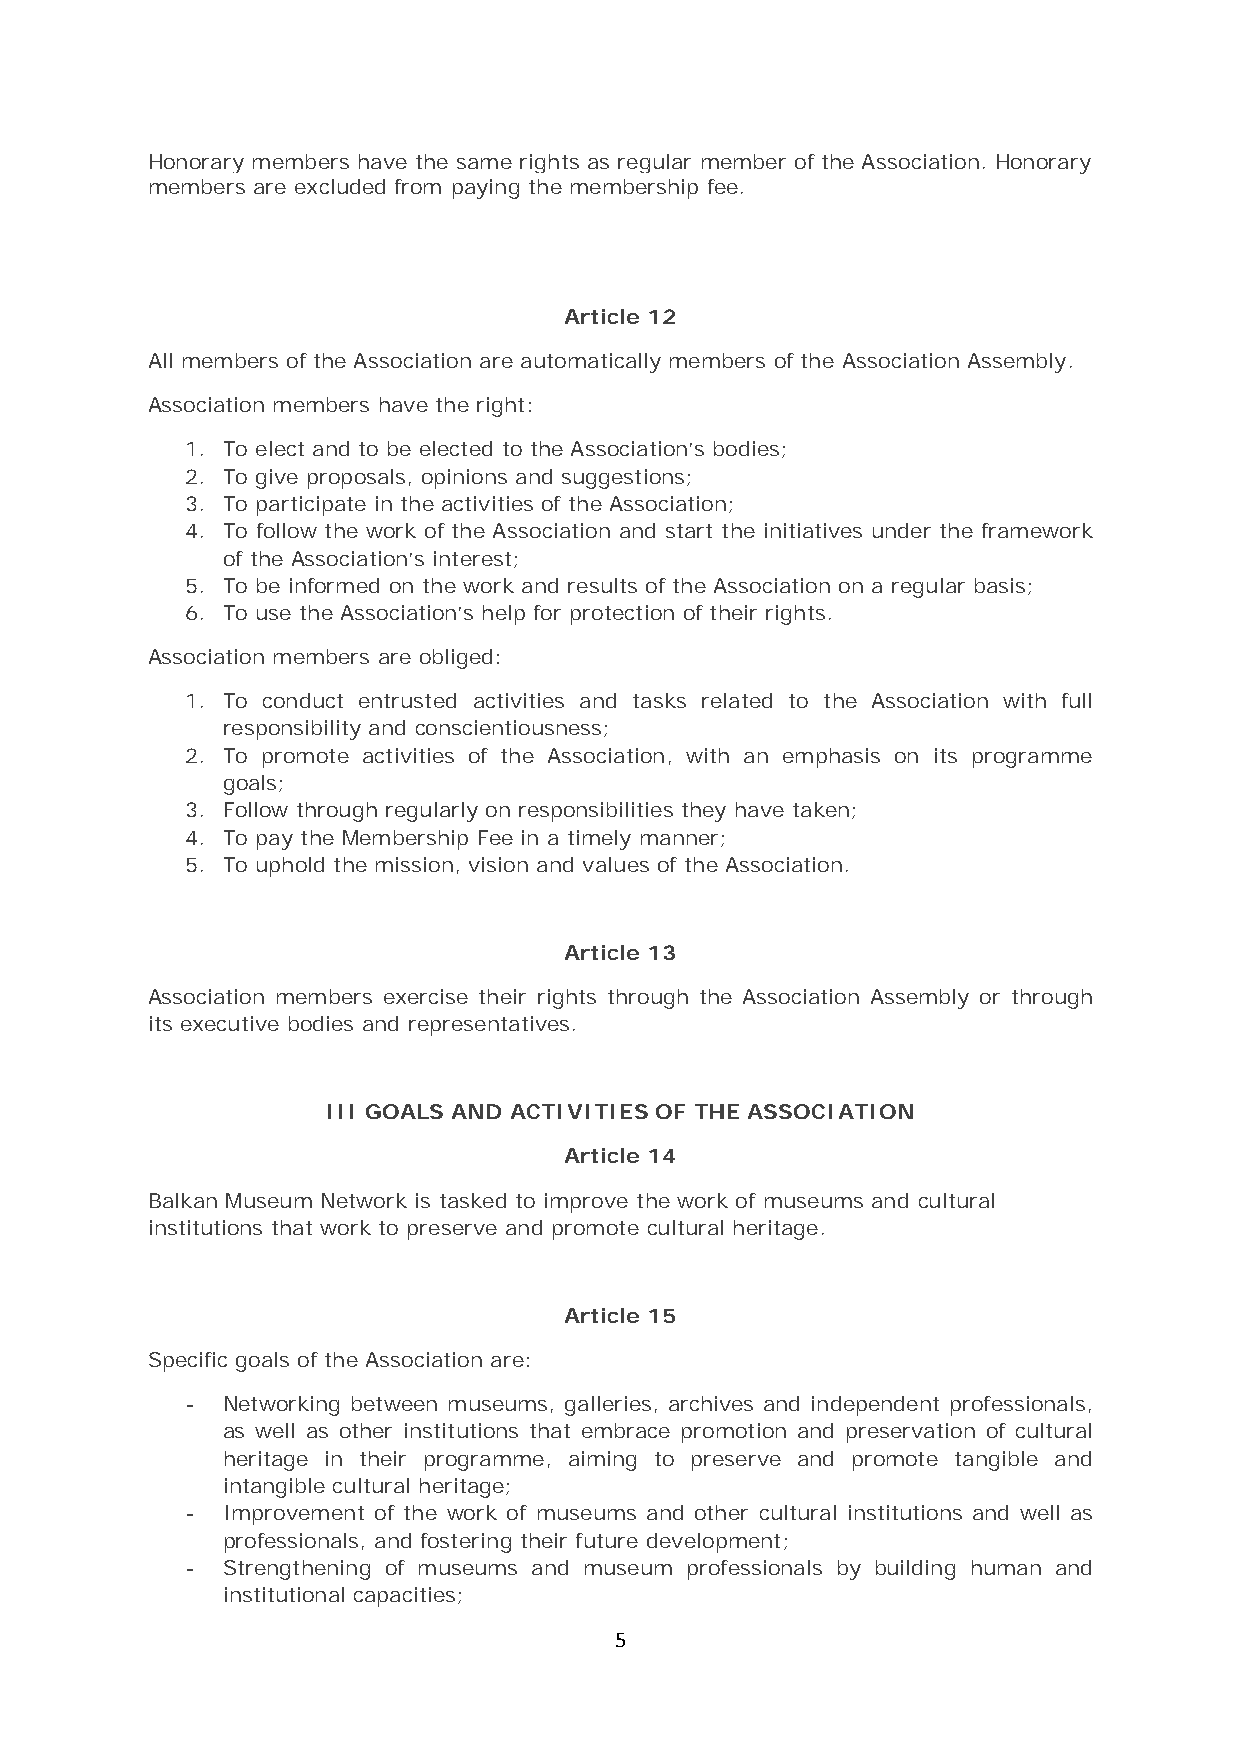
Honorary members have the same rights as regular member of the Association. Honorary
 members are excluded from paying the membership fee.
 Article 12
 All members of the Association are automatically members of the Association Assembly.
 Association members have the right:
 1. To elect and to be elected to the Association’s bodies;
 2. To give proposals, opinions and suggestions;
 3. To participate in the activities of the Association;
 4. To follow the work of the Association and start the initiatives under the framework
 of the Association’s interest;
 5. To be informed on the work and results of the Association on a regular basis;
 6. To use the Association’s help for protection of their rights.
 Association members are obliged:
 1. To conduct entrusted activities and tasks related to the Association with full
 responsibility and conscientiousness;
 2. To promote activities of the Association, with an emphasis on its programme
 goals;
 3. Follow through regularly on responsibilities they have taken;
 4. To pay the Membership Fee in a timely manner;
 5. To uphold the mission, vision and values of the Association.
 Article 13
 Association members exercise their rights through the Association Assembly or through
 its executive bodies and representatives.
 III GOALS AND ACTIVITIES OF THE ASSOCIATION
 Article 14
 Balkan Museum Network is tasked to improve the work of museums and cultural
 institutions that work to preserve and promote cultural heritage.
 Article 15
 Specific goals of the Association are:
 -  Networking between museums, galleries, archives and independent professionals,
 as well as other institutions that embrace promotion and preservation of cultural
 heritage in their programme, aiming to preserve and promote tangible and
 intangible cultural heritage;
 -  Improvement of the work of museums and other cultural institutions and well as
 professionals, and fostering their future development;
 -  Strengthening of museums and museum professionals by building human and
 institutional capacities;
 5